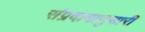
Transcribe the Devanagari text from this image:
संप्रदायानुसारी